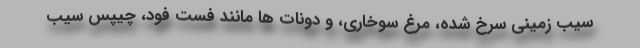
سیب زمینی سرخ شده، مرغ سوخاری، و دونات ها مانند فست فود، چیپس سیب